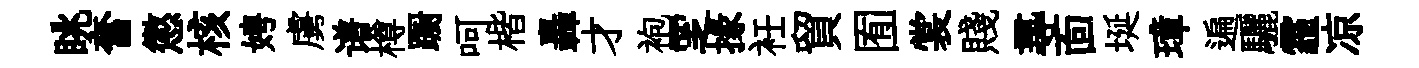
眺奮懲核娉虜谱樽蹰呵楷轟才袍覂掾衽貿囿裳賤𡬶靣埏璋遍驪霾凉